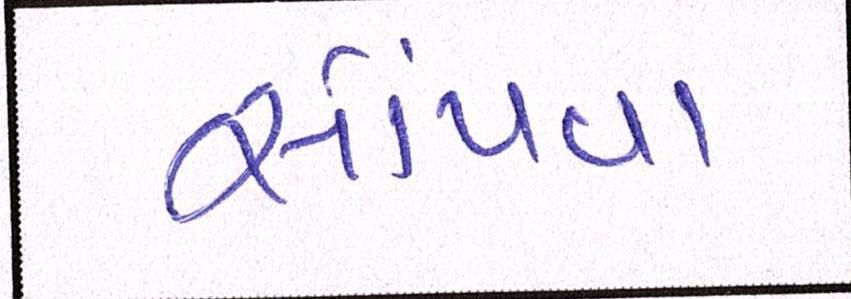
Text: સોંપવા